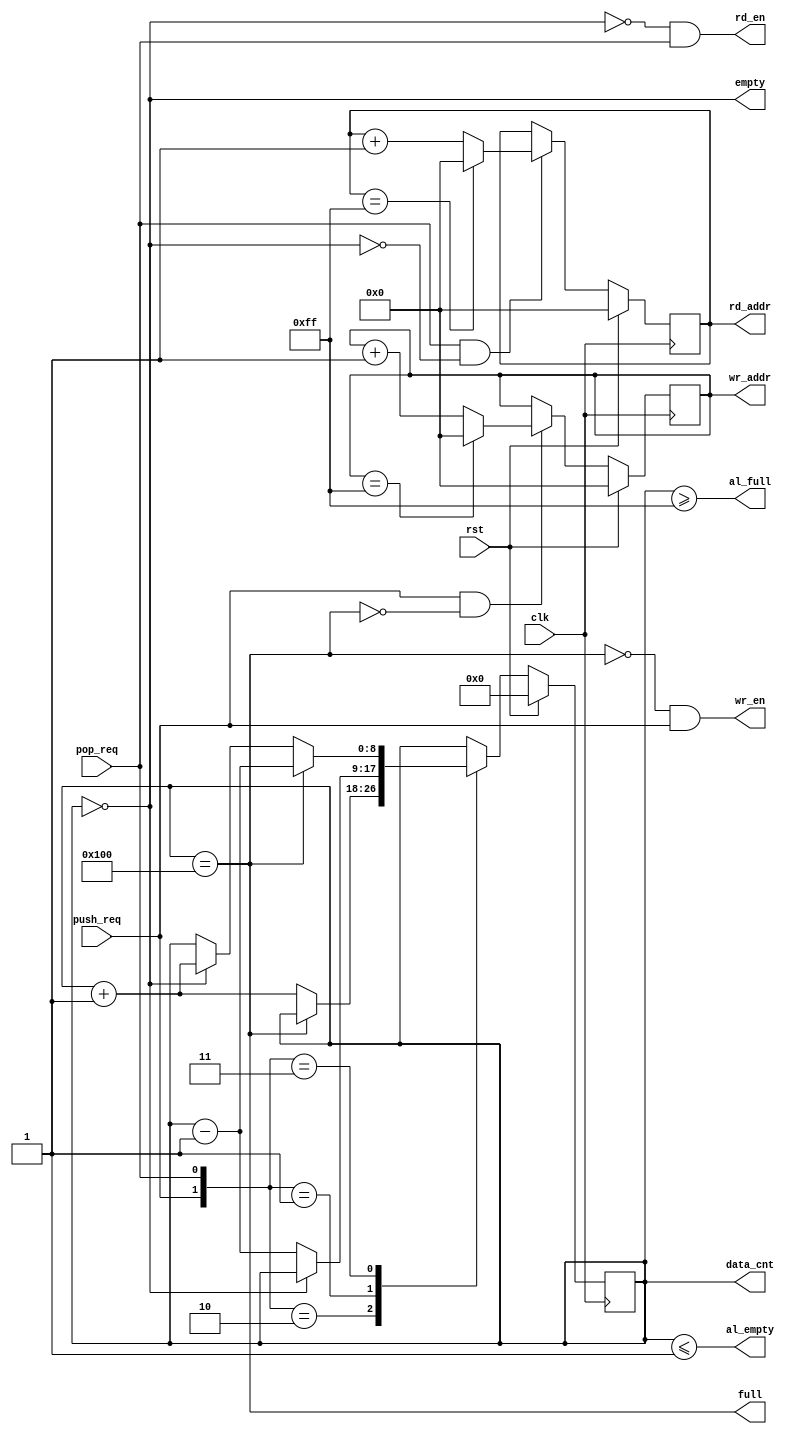

`timescale 1ns/10ps
module fifoctl_sync
  (/*AUTOARRG*/
   // Outputs
   wr_en, wr_addr, rd_en, rd_addr, data_cnt, full, empty, al_full,
   al_empty,
   // Inputs
   clk, rst, push_req, pop_req
   );

   parameter  C_ADDR_W = 8;
   parameter  C_DEPTH = (1 << C_ADDR_W);
   parameter  C_AF_LEV = (C_DEPTH - 1);
   parameter  C_AE_LEV = 1;
   
   input               clk;
   input               rst;
   input               push_req;
   input               pop_req;

   output              wr_en;
   output [C_ADDR_W-1:0] wr_addr;
   output 		 rd_en;
   output [C_ADDR_W-1:0] rd_addr;
   output [C_ADDR_W:0] 	 data_cnt;
   output 		 full;
   output 		 empty;
   output 		 al_full;
   output 		 al_empty;
   
   //-------------------------------------------------------------------//
   
   reg [C_ADDR_W-1:0] 	 R_wr_addr;
   reg [C_ADDR_W-1:0] 	 R_rd_addr;
   reg [C_ADDR_W:0] 	 R_data_cnt;

   
   assign wr_addr   =  R_wr_addr;
   assign rd_addr   =  R_rd_addr;
   assign data_cnt  =  R_data_cnt;

   always @(posedge clk) begin
      if (rst)
	R_wr_addr <= #1 {C_ADDR_W{1'b0}};
      else if (push_req && !full) begin
	 if (R_wr_addr == (C_DEPTH-1))
	   R_wr_addr <= #1 {C_ADDR_W{1'b0}};
	 else
	   R_wr_addr <= #1 R_wr_addr + 1'b1;
      end
   end
   
   always @(posedge clk) begin
      if (rst)
	R_rd_addr <= #1 {C_ADDR_W{1'b0}};
      else if (pop_req && !empty) begin
	 if (R_rd_addr == (C_DEPTH-1))
	   R_rd_addr <= #1 {C_ADDR_W{1'b0}};
	 else
	   R_rd_addr <= #1 R_rd_addr + 1'b1;
      end
   end
   
   assign full  = (R_data_cnt == C_DEPTH);
   assign empty = (R_data_cnt == {(C_ADDR_W+1){1'b0}});

   assign wr_en = ~full  & push_req;
   assign rd_en = ~empty & pop_req;

   assign al_full  = R_data_cnt >= C_AF_LEV;
   assign al_empty = R_data_cnt <= C_AE_LEV;
   
   always @ (posedge clk) begin
      if (rst)
	R_data_cnt <= #1 {(C_ADDR_W+1){1'b0}};
      else begin
	 case ({push_req, pop_req})
	   2'b00:
	     R_data_cnt   <= #1 R_data_cnt;
	   2'b10:
	     if (!full)
	       R_data_cnt <= #1 R_data_cnt + 1'b1;
	   2'b01:
	     if (!empty)
	       R_data_cnt <= #1 R_data_cnt - 1'b1;
	   2'b11: begin
	      if (full)
		R_data_cnt   <= #1 R_data_cnt - 1'b1;
	      else if (empty)
		R_data_cnt   <= #1 R_data_cnt + 1'b1;
	      else
		R_data_cnt   <= #1 R_data_cnt;
	   end
	 endcase
      end
   end 
   
   
endmodule